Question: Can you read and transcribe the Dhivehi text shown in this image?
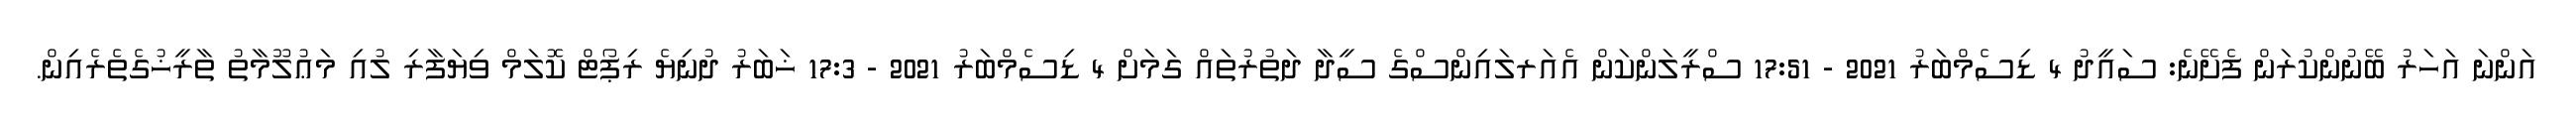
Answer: އަންނަ އަހަރު ބޭނުންކުރަން ފެށޭނެ: ސައީދު 4 ޑިސެމްބަރު 2021 - 17:51 ސްރީލަންކަން އެއަރލައިންސްގެ ސީދާ ދަތުރުތައް ގަމަށް 4 ޑިސެމްބަރު 2021 - 17:3 ޚަބަރު ދުނިޔެ ރިޕޯޓް ކޮލަމް ވިޔަފާރި ލުއި މަޢުލޫމާތު ތާރީޚުގެތެރެއިން.